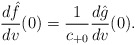
\begin{align*} \frac{d\hat{f}}{dv}(0)=\frac{1}{c_{+0}}\frac{d\hat{g}}{dv}(0).\end{align*}